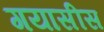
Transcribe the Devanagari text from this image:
गयासीस